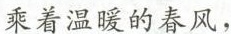
乘着温暖的春风，